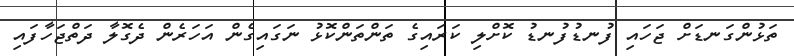
ތަޅުންގަނޑަށް ޖަހައި ފުނޑުފުނޑު ކޮށްލި ކަރައިގެ ތަންތަންކޮޅު ނަގައިގެން އަހަރެން ދެގޮލާ ދަތްޖަހާފައި